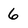
Character: 6